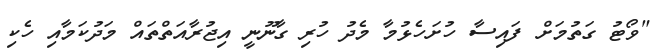
"ވޯޓު ގަތުމަށް ފައިސާ ހުށަހެޅުމާ މެދު ހުރި ގާނޫނީ އިޖުރާއަތްތައް މަދުކަމާއި ހެކި